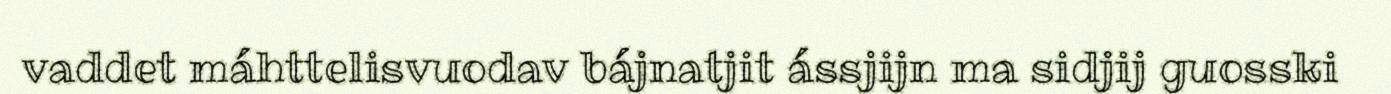
vaddet máhttelisvuodav bájnatjit ássjijn ma sidjij guosski